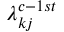
\lambda _ { k j } ^ { c - 1 s t }